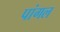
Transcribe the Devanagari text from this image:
पांगल